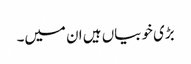
بڑی خوبیاں ہیں ان میں۔